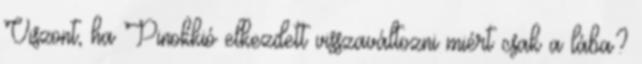
Viszont, ha Pinokkió elkezdett visszaváltozni miért csak a lába?